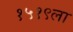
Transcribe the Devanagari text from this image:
१५१९ला